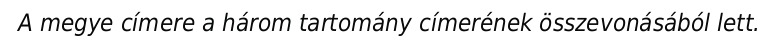
A megye címere a három tartomány címerének összevonásából lett.